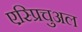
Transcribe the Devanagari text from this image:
एस्प्रिचुअल